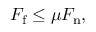
F _ { \mathrm { f } } \leq \mu F _ { \mathrm { n } } ,